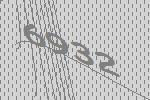
6932